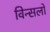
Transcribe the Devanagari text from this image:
विन्सलो